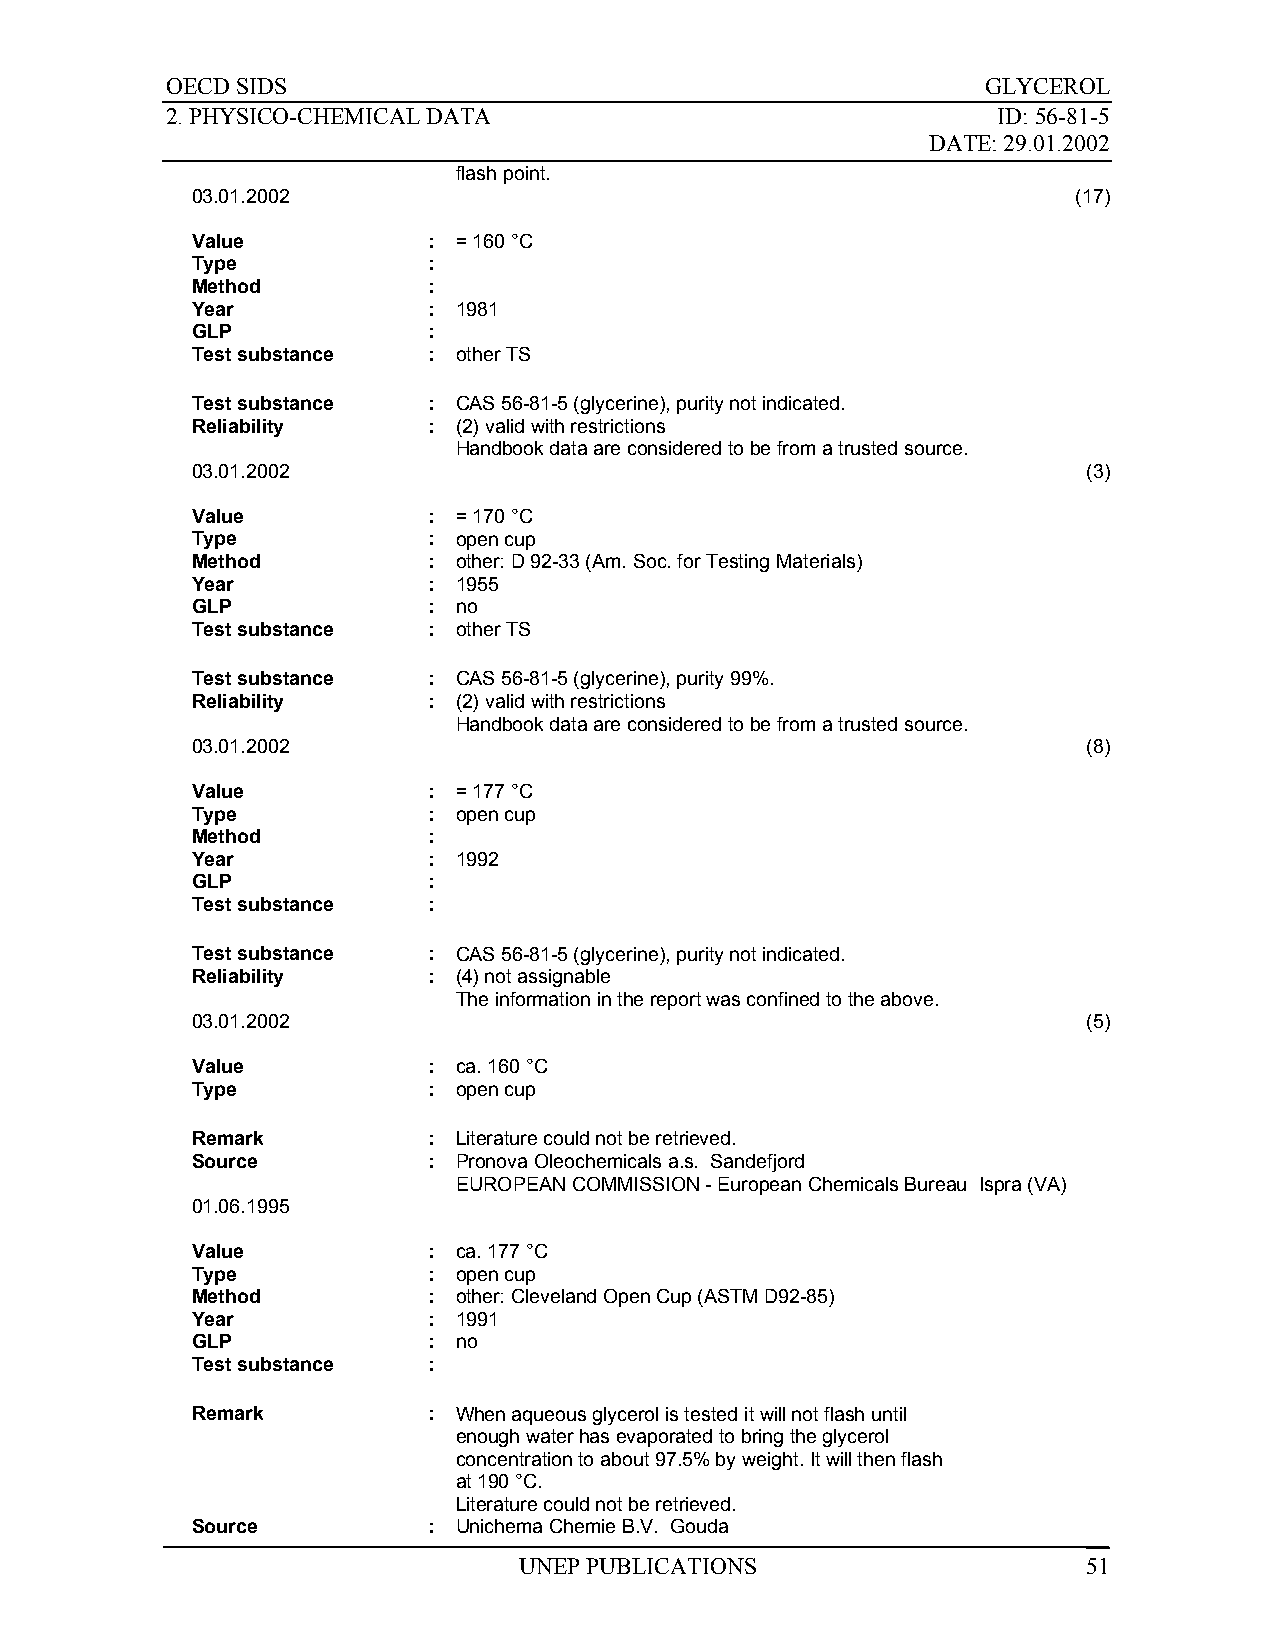
OECD SIDS                                             GLYCEROL
 2. PHYSICO-CHEMICAL DATA                               ID: 56-81-5
 DATE: 29.01.2002
 flash point.
 03.01.2002                                                (17)
 Value          : = 160 °C
 Type           :
 Method         :
 Year           : 1981
 GLP            :
 Test substance : other TS
 Test substance : CAS 56-81-5 (glycerine), purity not indicated.
 Reliability    : (2) valid with restrictions
 Handbook data are considered to be from a trusted source.
 03.01.2002                                                 (3)
 Value          : = 170 °C
 Type           : open cup
 Method         : other: D 92-33 (Am. Soc. for Testing Materials)
 Year           : 1955
 GLP            : no
 Test substance : other TS
 Test substance : CAS 56-81-5 (glycerine), purity 99%.
 Reliability    : (2) valid with restrictions
 Handbook data are considered to be from a trusted source.
 03.01.2002                                                 (8)
 Value          : = 177 °C
 Type           : open cup
 Method         :
 Year           : 1992
 GLP            :
 Test substance :
 Test substance : CAS 56-81-5 (glycerine), purity not indicated.
 Reliability    : (4) not assignable
 The information in the report was confined to the above.
 03.01.2002                                                 (5)
 Value          : ca. 160 °C
 Type           : open cup
 Remark         : Literature could not be retrieved.
 Source         : Pronova Oleochemicals a.s. Sandefjord
 EUROPEAN COMMISSION - European Chemicals Bureau Ispra (VA)
 01.06.1995
 Value          : ca. 177 °C
 Type           : open cup
 Method         : other: Cleveland Open Cup (ASTM D92-85)
 Year           : 1991
 GLP            : no
 Test substance :
 Remark         : When aqueous glycerol is tested it will not flash until
 enough water has evaporated to bring the glycerol
 concentration to about 97.5% by weight. It will then flash
 at 190 °C.
 Literature could not be retrieved.
 Source         : Unichema Chemie B.V. Gouda
 UNEP PUBLICATIONS                     51